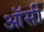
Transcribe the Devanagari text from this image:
ऑर्सी